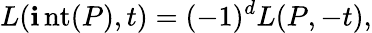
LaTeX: L(\operatorname{\mathbf{i}nt}(P),t)=(-1)^{d}L(P,-t),